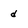
Character: d